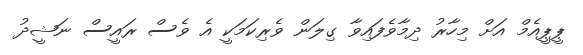
ޕީޕީއެމް އަށް މިހާރު ދިމާވެފައިވާ ގިލަން ވެރިކަމަކީ އެ ވެސް ރައީސް ނަޝީދު